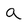
Character: a